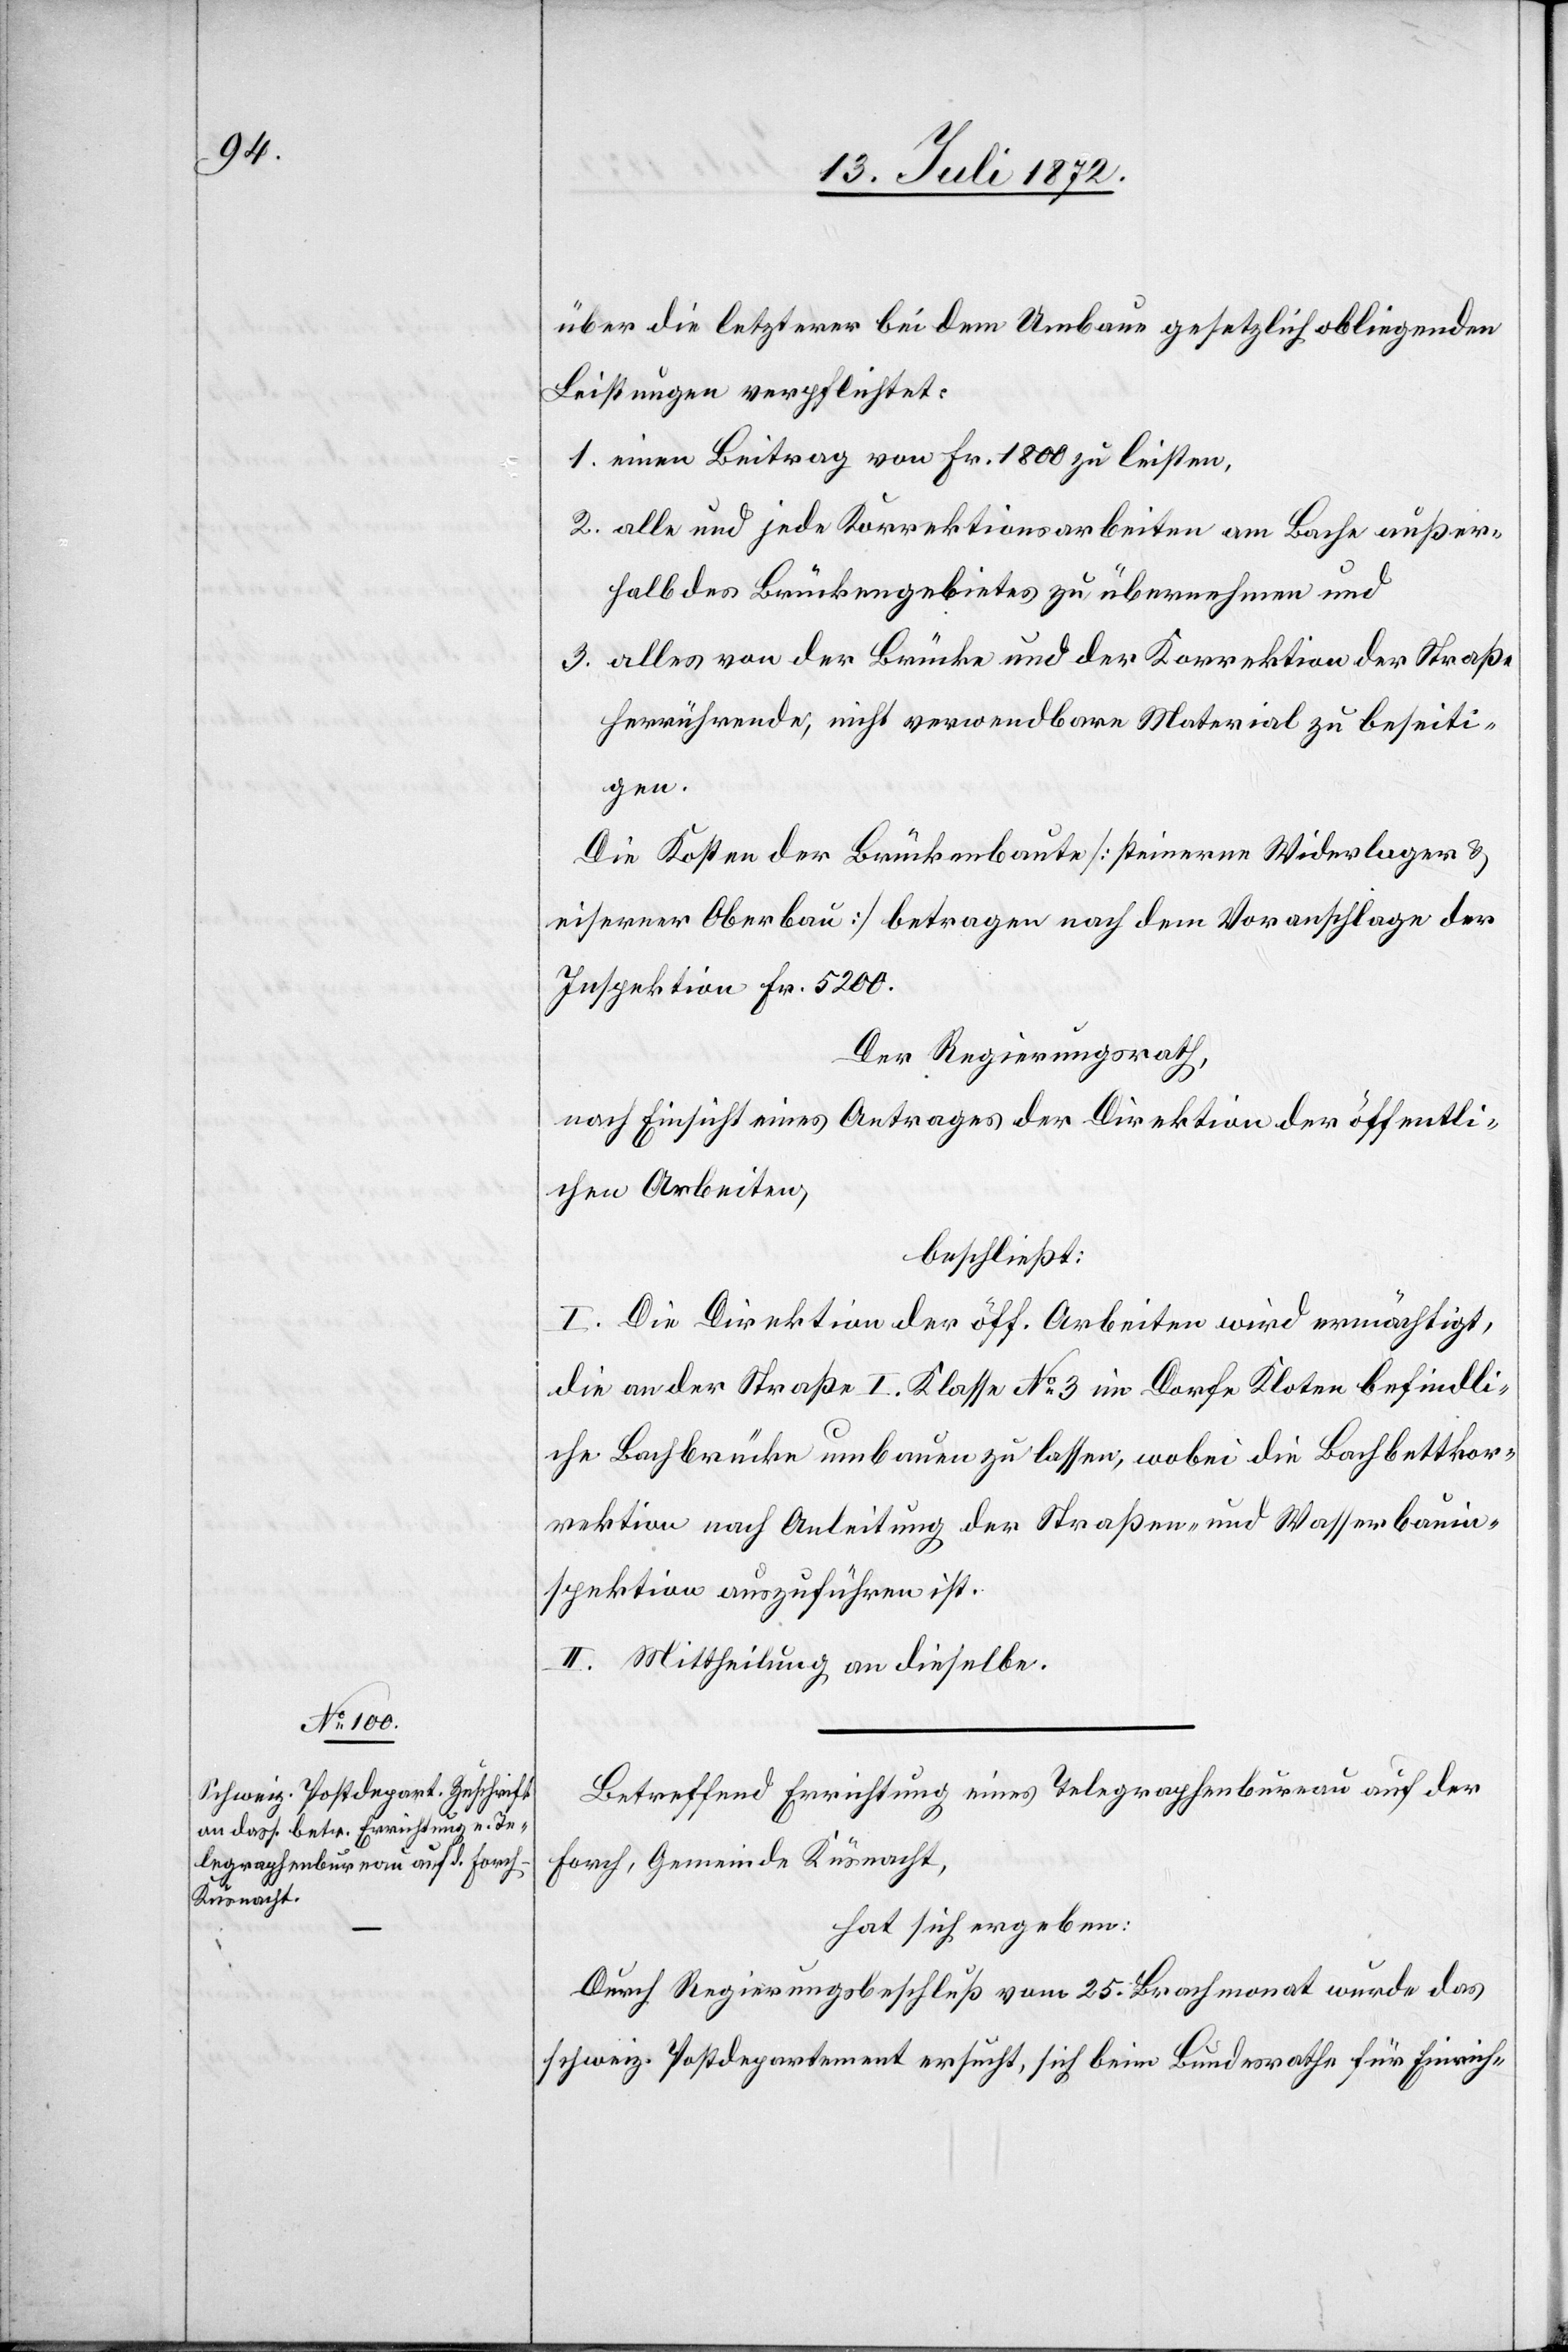
über die letzterer bei dem Umbaue gesetzlich obliegenden
Leistungen verpflichtet:
1. einen Beitrag von Fr. 1800 zu leisten,
2. alle und jede Korrektionsarbeiten am Bache außer¬
halb des Brückengebietes zu übernehmen und
3. alles von der Brücke und der Korrektion der Straße
herrührende, nicht verwendbare Material zu beseiti¬
gen.
Die Kosten der Brückenbaute [steinerne Widerlager u.
eiserner Oberbau] betragen nach dem Voranschlage der
Inspektion Fr. 5200.
Der Regierungsrath,
nach Einsicht eines Antrages der Direktion der öffentli¬
chen Arbeiten,
beschließt:
I. Die Direktion der öff. Arbeiten wird ermächtigt,
die an der Straße I. Klasse No 3 im Dorfe Kloten befindli¬
che Bachbrücke umbauen zu lassen, wobei die Bachbettkor¬
rektion nach Anleitung der Straßen- und Wasserbauin¬
spektion auszuführen ist.
II. Mittheilung an dieselbe.
Betreffend Errichtung eines Telegraphenbureau auf der
Forch, Gemeinde Küsnacht,
hat sich ergeben:
Durch Regierungsbeschluß vom 25. Brachmonat wurde das
schweiz. Postdepartement ersucht, sich beim Bundesrathe für Einrich-